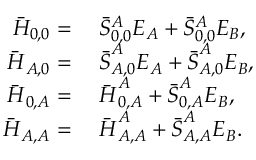
\begin{array} { r l } { \bar { H } _ { 0 , 0 } = } & { { } \; \bar { { S } } _ { 0 , 0 } ^ { A } E _ { A } + \bar { { S } } _ { 0 , 0 } ^ { A } E _ { B } , } \\ { \boldsymbol { \bar { H } } _ { A , 0 } = } & { { } \; \boldsymbol { \bar { { S } } } _ { A , 0 } ^ { A } E _ { A } + \boldsymbol { \bar { { S } } } _ { A , 0 } ^ { A } E _ { B } , } \\ { \boldsymbol { \bar { H } } _ { 0 , A } = } & { { } \; \boldsymbol { \bar { H } } _ { 0 , A } ^ { A } + \boldsymbol { \bar { { S } } } _ { 0 , A } ^ { A } E _ { B } , } \\ { \boldsymbol { \bar { H } } _ { A , A } = } & { { } \; \boldsymbol { \bar { H } } _ { A , A } ^ { A } + \boldsymbol { \bar { { S } } } _ { A , A } ^ { A } E _ { B } . } \end{array}